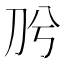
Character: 𭃈